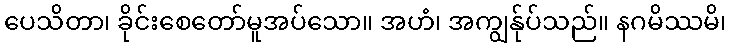
ပေသိတာ၊ ခိုင်းစေတော်မူအပ်သော။ အဟံ၊ အကျွန်ုပ်သည်။ နဂမိဿမိ၊